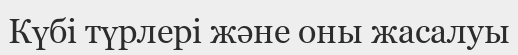
Күбі түрлері және оны жасалуы